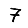
Digit: 7